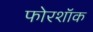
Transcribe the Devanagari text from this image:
फोरशॉक